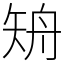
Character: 矪